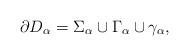
LaTeX: \begin{align*}\partial D_{\alpha}=\Sigma_{\alpha}\cup \Gamma_{\alpha}\cup \gamma_{\alpha},\end{align*}